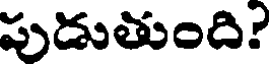
పుడుతుంది?